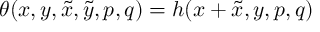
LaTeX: \theta ( x , y , \tilde { x } , \tilde { y } , p , q ) = h ( x + \tilde { x } , y , p , q )